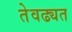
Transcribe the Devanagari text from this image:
तेवढ्यत